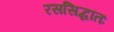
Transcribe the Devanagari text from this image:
रससिद्धांतः